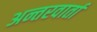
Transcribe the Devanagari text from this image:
अन्तरवार्ता